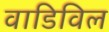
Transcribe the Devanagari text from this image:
वाडिविल